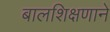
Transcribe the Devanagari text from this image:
बालशिक्षणाने